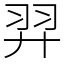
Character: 羿